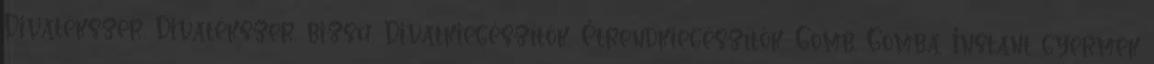
Divatékszer, Divatékszer, bizsu, Divatkiegészítők, Étrendkiegészítők, Gomb, Gomba, Instant gyermek